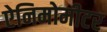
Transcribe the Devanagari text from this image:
ऐनिमोमीटर